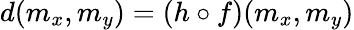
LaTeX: d(m_{x},m_{y})=(h\circ f)(m_{x},m_{y})